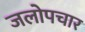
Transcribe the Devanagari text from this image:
जलोपचार